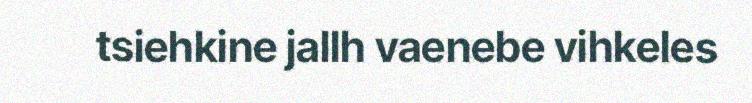
tsiehkine jallh vaenebe vihkeles